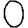
Digit: 0